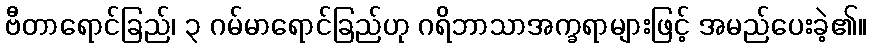
ဗီတာရောင်ခြည်၊ ၃ ဂမ်မာရောင်ခြည်ဟု ဂရိဘာသာအက္ခရာများဖြင့် အမည်ပေးခဲ့၏။